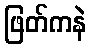
ဖြတ်ကနဲ